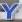
y